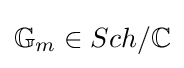
\mathbb {G} _{m}\in Sch/\mathbb {C}